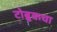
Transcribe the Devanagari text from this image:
टोब्रुकचा